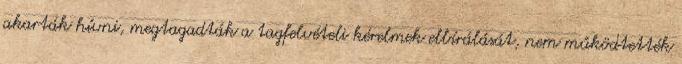
akarták hívni, megtagadták a tagfelvételi kérelmek elbírálását, nem működtették